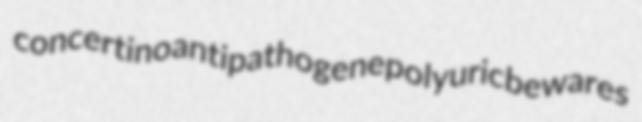
concertino antipathogene polyuric bewares